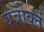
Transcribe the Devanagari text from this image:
यत्रोक्तं